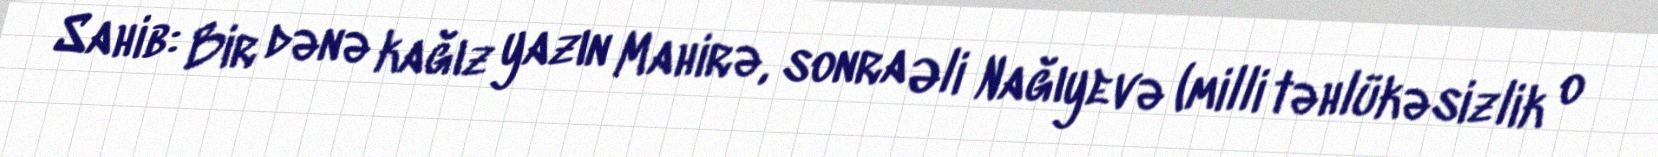
Sahib: Bir dənə kağız yazın Mahirə, sonra Əli Nağıyevə (milli təhlükəsizlik o